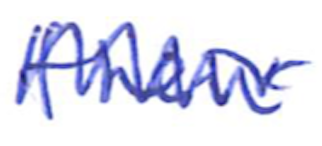
Text: their
Cross-out: zig-zag
Writing tool: ballpoint